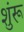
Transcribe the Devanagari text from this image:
शुंरू